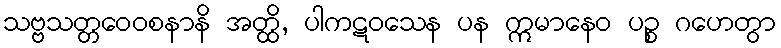
သဗ္ဗသတ္တဝေဝစနာနိ အတ္ထိ, ပါကဋဝသေန ပန ဣမာနေဝ ပဉ္စ ဂဟေတွာ